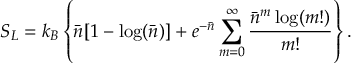
S _ { L } = k _ { B } \left\{ \bar { n } [ 1 - \log ( \bar { n } ) ] + e ^ { - \bar { n } } \sum _ { m = 0 } ^ { \infty } \frac { \bar { n } ^ { m } \log ( m ! ) } { m ! } \right\} .